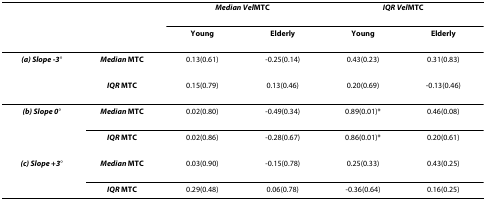
<table><thead><tr><td></td><td></td><td colspan="2"><b><i>Median Vel</i><sub>MTC</sub></b></td><td colspan="2"><b><i>IQR Vel</i><sub>MTC</sub></b></td></tr><tr><td></td><td></td><td><b>Young</b></td><td><b>Elderly</b></td><td><b>Young</b></td><td><b>Elderly</b></td></tr></thead><tbody><tr><td><b><i>(a) Slope -3</i></b>°</td><td><b><i>Median </i>MTC</b></td><td>0.13(0.61)</td><td>-0.25(0.14)</td><td>0.43(0.23)</td><td>0.31(0.83)</td></tr><tr><td></td><td><b><i>IQR </i>MTC</b></td><td>0.15(0.79)</td><td>0.13(0.46)</td><td>0.20(0.69)</td><td>-0.13(0.46)</td></tr><tr><td><b><i>(b) Slope 0</i></b>°</td><td><b><i>Median </i>MTC</b></td><td>0.02(0.80)</td><td>-0.49(0.34)</td><td>0.89(0.01)*</td><td>0.46(0.08)</td></tr><tr><td></td><td><b><i>IQR </i>MTC</b></td><td>0.02(0.86)</td><td>-0.28(0.67)</td><td>0.86(0.01)*</td><td>0.20(0.61)</td></tr><tr><td><b><i>(c) Slope +3</i></b>°</td><td><b><i>Median </i>MTC</b></td><td>0.03(0.90)</td><td>-0.15(0.78)</td><td>0.25(0.33)</td><td>0.43(0.25)</td></tr><tr><td></td><td><b><i>IQR </i>MTC</b></td><td>0.29(0.48)</td><td>0.06(0.78)</td><td>-0.36(0.64)</td><td>0.16(0.25)</td></tr></tbody></table>